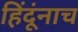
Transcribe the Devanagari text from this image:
हिंदूंनाच